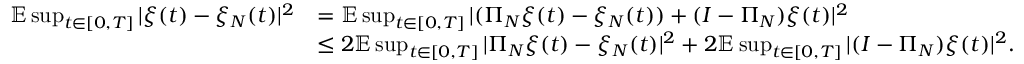
\begin{array} { r l } { \mathbb { E } \operatorname* { s u p } _ { t \in [ 0 , T ] } | \xi ( t ) - \xi _ { N } ( t ) | ^ { 2 } } & { = \mathbb { E } \operatorname* { s u p } _ { t \in [ 0 , T ] } | ( \Pi _ { N } \xi ( t ) - \xi _ { N } ( t ) ) + ( I - \Pi _ { N } ) \xi ( t ) | ^ { 2 } } \\ & { \leq 2 \mathbb { E } \operatorname* { s u p } _ { t \in [ 0 , T ] } | \Pi _ { N } \xi ( t ) - \xi _ { N } ( t ) | ^ { 2 } + 2 \mathbb { E } \operatorname* { s u p } _ { t \in [ 0 , T ] } | ( I - \Pi _ { N } ) \xi ( t ) | ^ { 2 } . } \end{array}